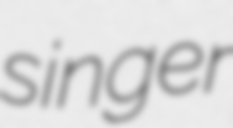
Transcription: singer